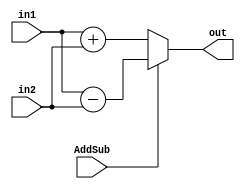
//ULA Somador/Subtrator

module FU_ADD_SUB(AddSub, in1, in2, out);

	input AddSub;
	input [15:0] in1, in2;
	output [15:0] out;

	reg [15:0] temp;	

	always@(*)
	begin
		if(AddSub)
			temp = in1 - in2;
		else
			temp = in1 + in2;
	end
	
	assign out = temp;
	
endmodule